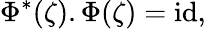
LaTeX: \Phi^{*}(\zeta).\Phi(\zeta)=\mathrm{id},